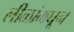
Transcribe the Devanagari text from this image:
लीळांमघून